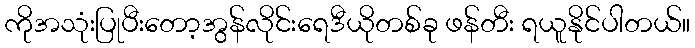
ကိုအသုံးပြုပီးတော့အွန်လိုင်းရေဒီယိုတစ်ခု ဖန်တီး ရယူနိုင်ပါတယ်။